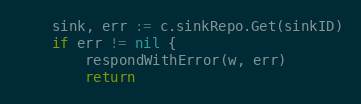
Language: Go
	sink, err := c.sinkRepo.Get(sinkID)
	if err != nil {
		respondWithError(w, err)
		return